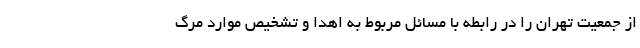
از جمعیت تهران را در رابطه با مسائل مربوط به اهدا و تشخیص موارد مرگ